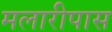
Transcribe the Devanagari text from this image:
मलारीपास